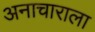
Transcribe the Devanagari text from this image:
अनाचाराला